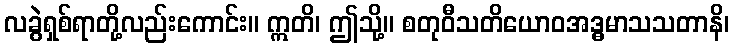
လခွဲရှစ်ရာတို့လည်းကောင်း။ ဣတိ၊ ဤသို့။ စတုဝီသတိယောဝအဒ္ဓမာသသတာနိ၊